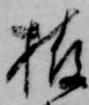
栫